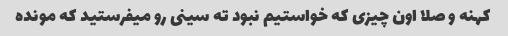
کهنه و صلا اون چیزی که خواستیم نبود ته سینی رو میفرستید که مونده